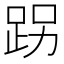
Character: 𨀌